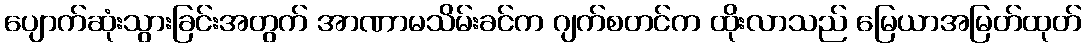
ပျောက်ဆုံးသွားခြင်းအတွက် အာဏာမသိမ်းခင်က ဂျက်စတင်က ထိုးလာသည် မြေယာအမြတ်ထုတ်